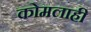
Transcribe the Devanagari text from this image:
कोमलाही